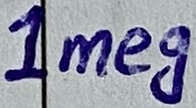
Text: 1Meg